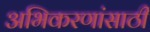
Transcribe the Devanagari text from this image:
अभिकरणांसाठी